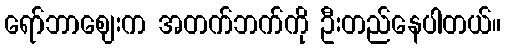
ရော်ဘာဈေးက အတက်ဘက်ကို ဦးတည်နေပါတယ်။